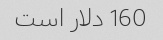
160 دلار است